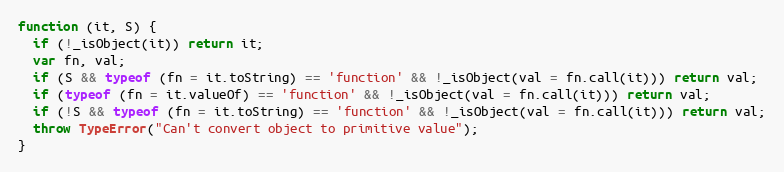
Language: JavaScript
function (it, S) {
  if (!_isObject(it)) return it;
  var fn, val;
  if (S && typeof (fn = it.toString) == 'function' && !_isObject(val = fn.call(it))) return val;
  if (typeof (fn = it.valueOf) == 'function' && !_isObject(val = fn.call(it))) return val;
  if (!S && typeof (fn = it.toString) == 'function' && !_isObject(val = fn.call(it))) return val;
  throw TypeError("Can't convert object to primitive value");
}